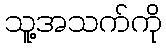
သူ့အသက်ကို